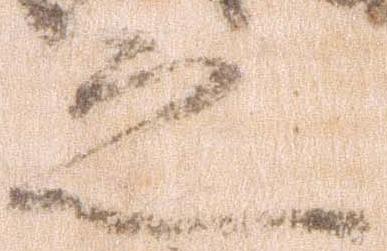
之